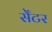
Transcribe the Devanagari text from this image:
सेँटर